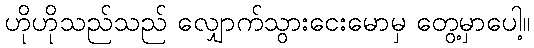
ဟိုဟိုသည်သည် လျှောက်သွားငေးမောမှ တွေ့မှာပေါ့။